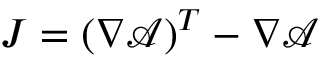
J = ( \nabla \mathcal { A } ) ^ { T } - \nabla \mathcal { A }